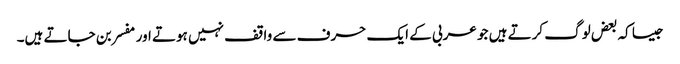
جیسا کہ بعض لوگ کرتے ہیں جو عربی کے ایک حرف سے واقف نہیں ہوتے اور مفسر بن جاتے ہیں۔